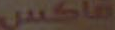
فاكس